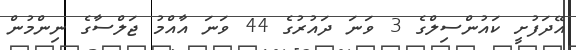
އޭދަފުށީ ކައުންސިލްގެ 3 ވަނަ ދައުރުގެ 44 ވަނަ އާއްމު ޖަލްސާގެ ނިންމުން